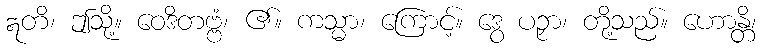
ဣတိ၊ ဤသို့။ ဝေဒိတဗ္ဗံ၊ ၏။ ကသ္မာ၊ ကြောင့်။ ဒွေ ပဉှာ၊ တို့သည်။ ဟောန္တိ၊